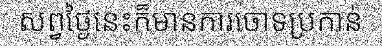
សព្វថ្ងៃនេះក៏មានការចោទប្រកាន់